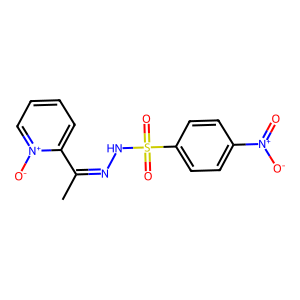
SMILES: CC(=NNS(=O)(=O)c1ccc([N+](=O)[O-])cc1)c1cccc[n+]1[O-]
Inhibits HIV replication: No